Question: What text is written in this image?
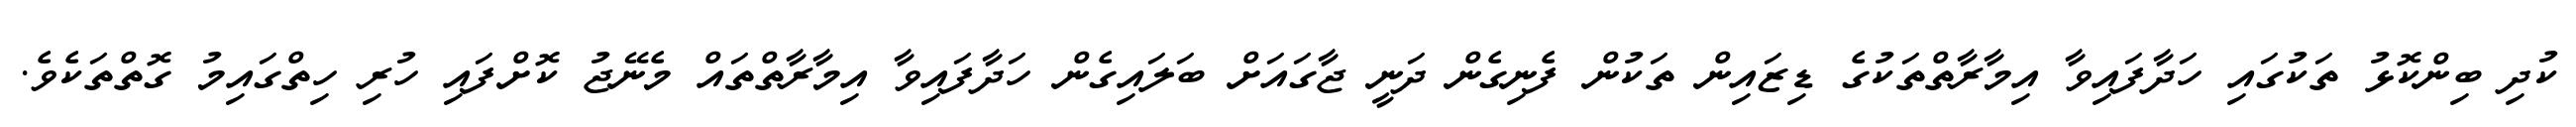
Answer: ކުދި ބިންކޮޅު ތަކުގައި ހަދާފައިވާ އިމާރާތްތަކުގެ ޑިޒައިން ތަކުން ފެނިގެން ދަނީ ޖާގައަށް ބަލައިގެން ހަދާފައިވާ އިމާރާތްތައް މެނޭޖު ކޮށްފައި ހުރި ހިތްގައިމު ގޮތްތަކެވެ.